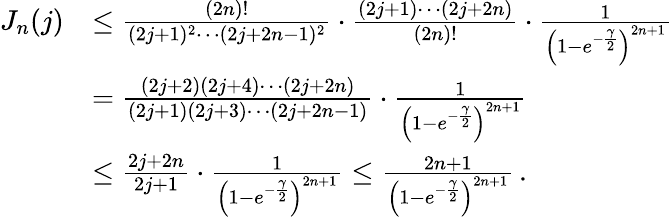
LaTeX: \begin{array}{rl}{J_{n}(j)}&{\le\frac{(2n)!}{(2j+1)^{2}\cdots(2j+2n-1)^{2}}\cdot\frac{(2j+1)\cdots(2j+2n)}{(2n)!}\cdot\frac{1}{\left(1-e^{-\frac{\gamma}{2}}\right)^{2n+1}}}\\ &{=\frac{(2j+2)(2j+4)\cdots(2j+2n)}{(2j+1)(2j+3)\cdots(2j+2n-1)}\cdot\frac{1}{\left(1-e^{-\frac{\gamma}{2}}\right)^{2n+1}}}\\ &{\le\frac{2j+2n}{2j+1}\cdot\frac{1}{\left(1-e^{-\frac{\gamma}{2}}\right)^{2n+1}}\le\frac{2n+1}{\left(1-e^{-\frac{\gamma}{2}}\right)^{2n+1}}\, .}\end{array}